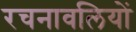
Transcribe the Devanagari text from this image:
रचनावलियों